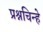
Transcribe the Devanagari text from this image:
प्रश्नचिन्हे